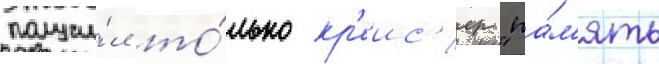
получи́л то́лько кр'еис'ер "па́м'ять